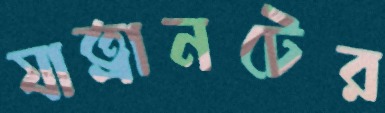
যাত্রানটের